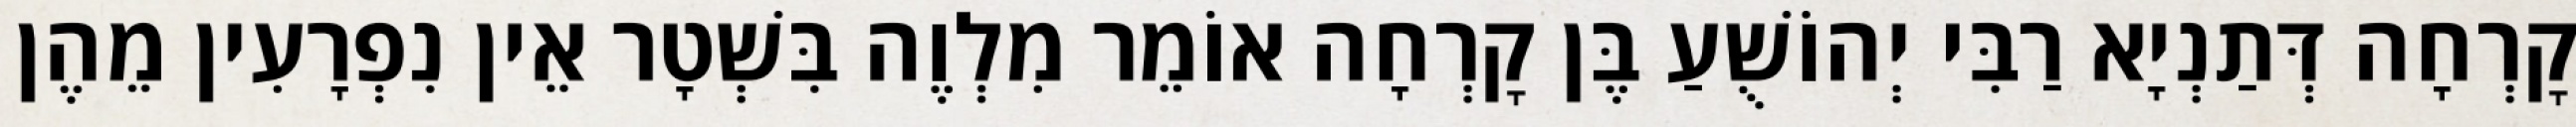
קׇרְחָה דְּתַנְיָא רַבִּי יְהוֹשֻׁעַ בֶּן קׇרְחָה אוֹמֵר מִלְוֶה בִּשְׁטָר אֵין נִפְרָעִין מֵהֶן